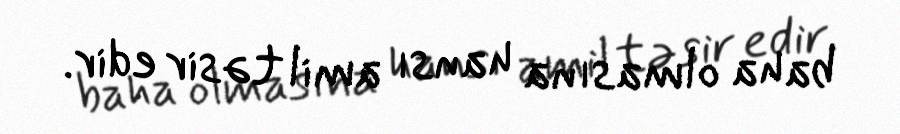
baha olmasına hansı amil təsir edir.